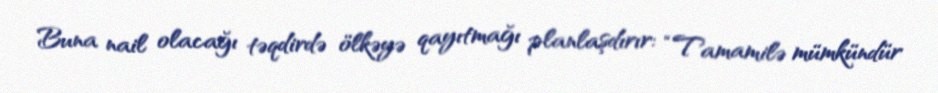
Buna nail olacağı təqdirdə ölkəyə qayıtmağı planlaşdırır: “Tamamilə mümkündür